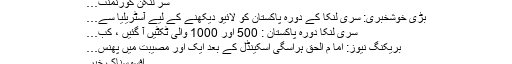
سر لنکن گورنمنٹ…
بڑی خوشخبری: سری لنکا کے دورہ پاکستان کو لائیو دیکھنے کے لیے آسٹریلیا سے…
سری لنکا دورہ پاکستان : 500 اور 1000 والی ٹکٹیں آ گئیں ، کب…
بریکنگ نیوز: اما م الحق ہراسگی اسکینڈل کے بعد ایک اور مصیبت میں پھنس…
افسوسناک خبر۔